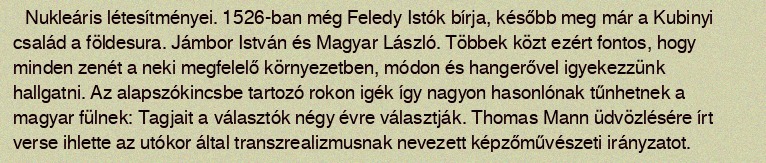
Nukleáris létesítményei. 1526-ban még Feledy Istók bírja, később meg már a Kubinyi család a földesura. Jámbor István és Magyar László. Többek közt ezért fontos, hogy minden zenét a neki megfelelő környezetben, módon és hangerővel igyekezzünk hallgatni. Az alapszókincsbe tartozó rokon igék így nagyon hasonlónak tűnhetnek a magyar fülnek: Tagjait a választók négy évre választják. Thomas Mann üdvözlésére írt verse ihlette az utókor által transzrealizmusnak nevezett képzőművészeti irányzatot.